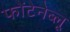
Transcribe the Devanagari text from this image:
फोंटेनेब्लू